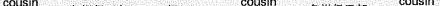
cousin cousin cousin